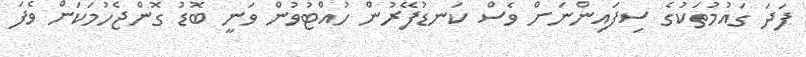
ފަދަ ގައުމުތަކުގެ ސިފައިންނަށް ވެސް ކަނޑުފޭރުން ހުއްޓުވުން ވަނީ ބޮޑު ގޮންޖެހުމަކަށް ވެފަ